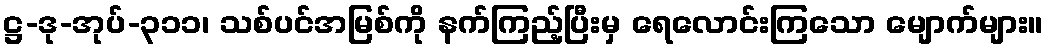
ဋ္ဌ-ဒု-အုပ်-၃၁၁၊ သစ်ပင်အမြစ်ကို နက်ကြည့်ပြီးမှ ရေလောင်းကြသော မျောက်များ။